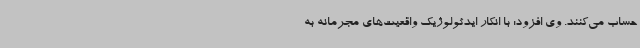
حساب می‌کنند. وی افزود: با انکار ایدئولوژیک واقعیت‌های مجرمانه به